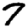
Digit: 7